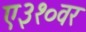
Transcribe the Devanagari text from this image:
ए३१०वर